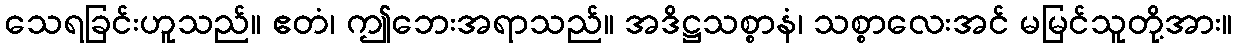
သေရခြင်းဟူသည်။ ဧတံ၊ ဤဘေးအရာသည်။ အဒိဋ္ဌသစ္စာနံ၊ သစ္စာလေးအင် မမြင်သူတို့အား။